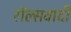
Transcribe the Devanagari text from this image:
रॉल्सवादी